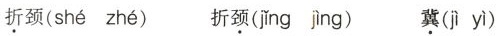
折颈( shé zhé ) 折颈( jǐng jìng ) 冀( jì yì )